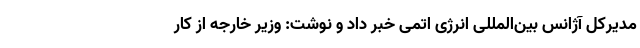
مدیرکل آژانس بین‌المللی انرژی اتمی خبر داد و نوشت: وزیر خارجه از کار